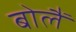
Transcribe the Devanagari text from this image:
बोलैं